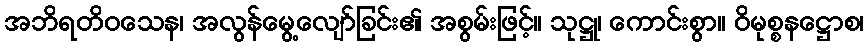
အဘိရတိဝသေန၊ အလွန်မွေ့လျော်ခြင်း၏ အစွမ်းဖြင့်။ သုဋ္ဌု၊ ကောင်းစွာ။ ဝိမုစ္စနဋ္ဌောစ၊